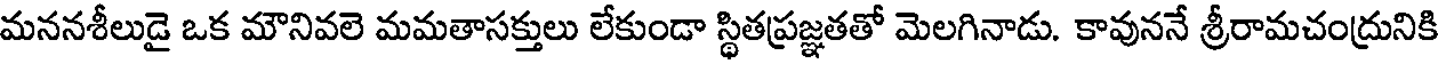
మననశీలుడై ఒక మౌనివలె మమతాసక్తులు లేకుండా స్థితప్రజ్ఞతతో మెలగినాడు. కావుననే శ్రీరామచంద్రునికి